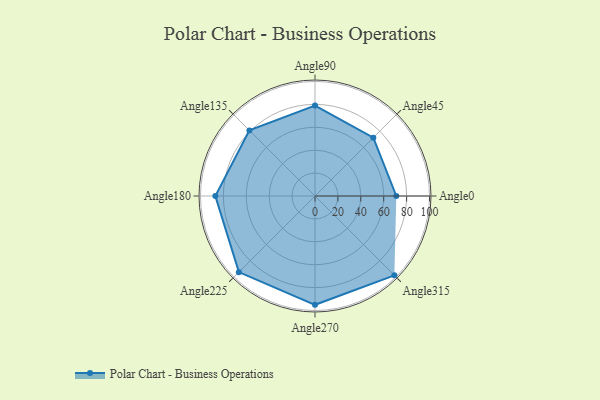
{"axis": {"x": "Angle", "y": "Radius"}, "legend": [""], "data": [{"x": "Angle0", "y": 71.0, "type": ""}, {"x": "Angle45", "y": 72.0, "type": ""}, {"x": "Angle90", "y": 79.0, "type": ""}, {"x": "Angle135", "y": 81.0, "type": ""}, {"x": "Angle180", "y": 87.0, "type": ""}, {"x": "Angle225", "y": 94.0, "type": ""}, {"x": "Angle270", "y": 95.0, "type": ""}, {"x": "Angle315", "y": 98.0, "type": ""}]}